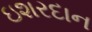
ઇશરદાન